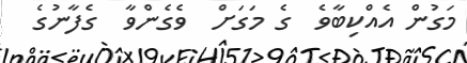
މަގުން އެއްކިބާވެ  ގެ މަގަށް  ވެގެންވާ  ގެފާނުގެ